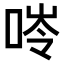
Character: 𠵙